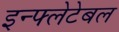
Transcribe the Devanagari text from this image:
इन्फ्लेटेबल